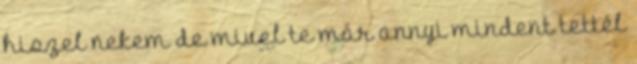
hiszel nekem de mivel te már annyi mindent tettél